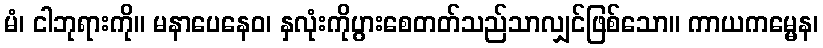
မံ၊ ငါဘုရားကို။ မနာပေနေဝ၊ နှလုံးကိုပွားစေတတ်သည်သာလျှင်ဖြစ်သော။ ကာယကမ္မေန၊